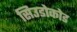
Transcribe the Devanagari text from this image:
सिउडोकोड